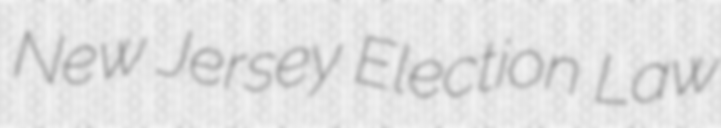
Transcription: New Jersey Election Law